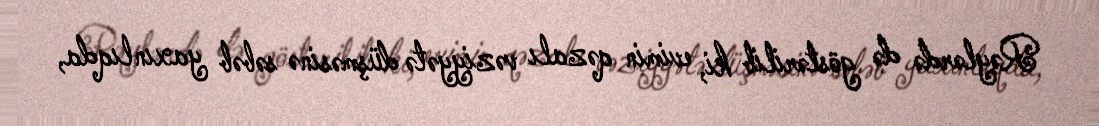
Rəylərdə də göstərilib ki, evimin qəzalı vəziyyətə düşməsinə səbəb yaxınlıqda,